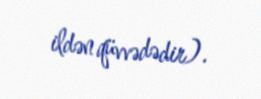
ildən qüvvədədir).